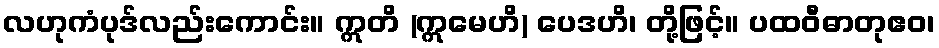
လဟုကံပုဒ်လည်းကောင်း။ ဣတိ (ဣမေဟိ) ပေဒဟိ၊ တို့ဖြင့်။ ပထဝီဓာတုဧဝ၊